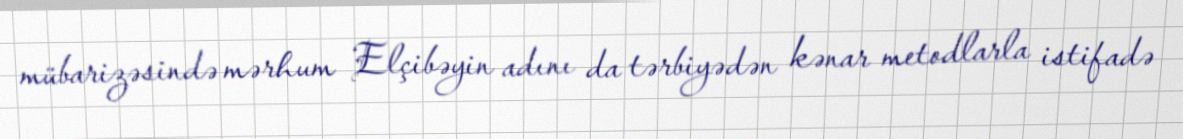
mübarizəsində mərhum Elçibəyin adını da tərbiyədən kənar metodlarla istifadə